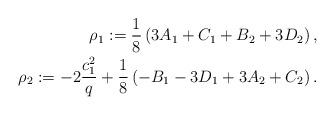
LaTeX: \begin{align*}\rho_1:=\frac{1}{8}\left(3A_{1}+C_{1}+B_{2}+3 D_{2}\right), \\ \rho_2:=-2\frac{c_{1}^{2}}{q}+\frac{1}{8}\left(-B_{1} -3 D_{1} +3 A_{2}+C_{2}\right) .\end{align*}